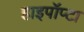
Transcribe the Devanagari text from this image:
हाइपॉप्टा